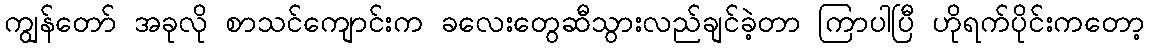
ကျွန်တော် အခုလို စာသင်ကျောင်းက ခလေးတွေဆီသွားလည်ချင်ခဲ့တာ ကြာပါပြီ ဟိုရက်ပိုင်းကတော့